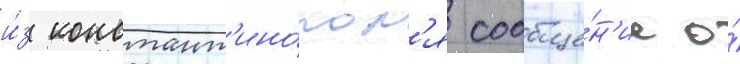
и́з констант'ино́пол'я сообще́н'ие о́